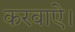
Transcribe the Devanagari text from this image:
करवाऐ।